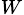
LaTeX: _W